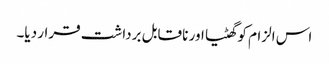
اس الزام کو گھٹیا اور نا قابل برداشت قرار دیا۔